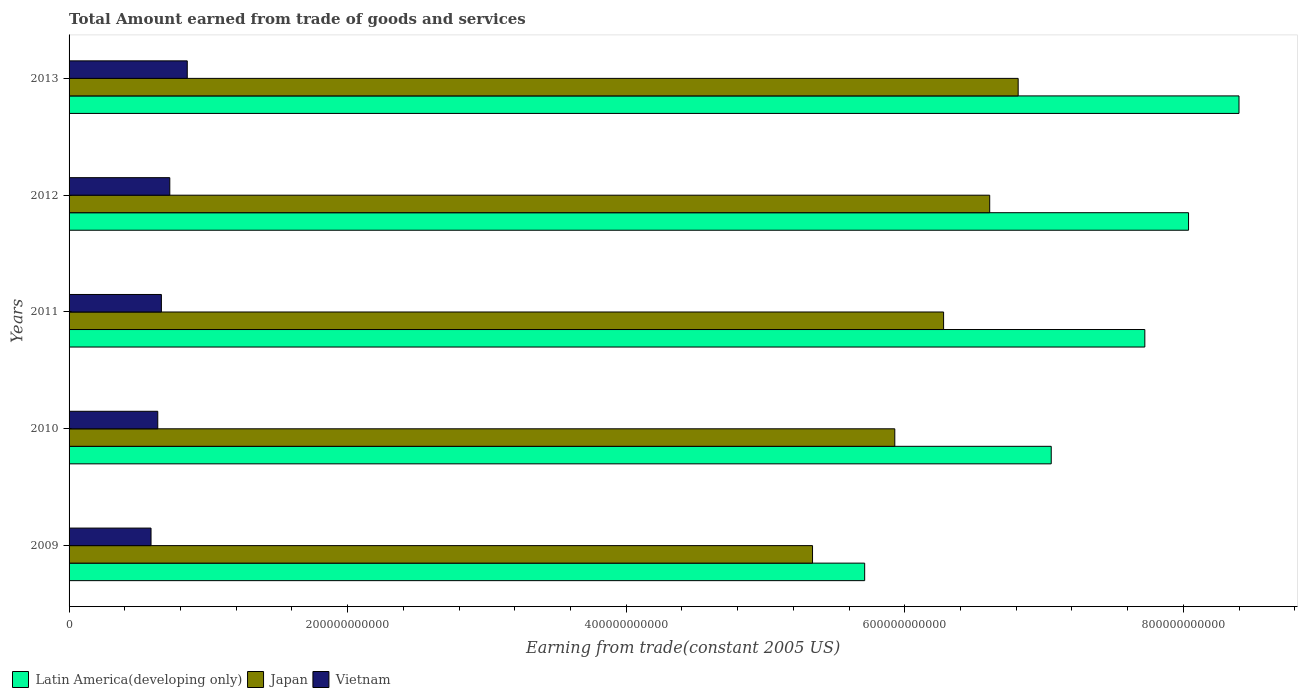
| Years | Latin America(developing only) | Japan | Vietnam |
 | --- | --- | --- | --- |
 | 2009 | 5.71e+11 | 5.34e+11 | 5.88e+10 |
 | 2010 | 7.05e+11 | 5.93e+11 | 6.37e+10 |
 | 2011 | 7.72e+11 | 6.28e+11 | 6.63e+10 |
 | 2012 | 8.04e+11 | 6.61e+11 | 7.23e+10 |
 | 2013 | 8.4e+11 | 6.81e+11 | 8.49e+10 |